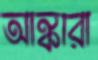
আঙ্কারা